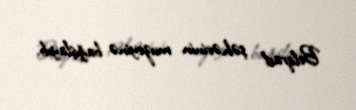
Belqrad şəhərinin muzeyinə bağışlayıb.